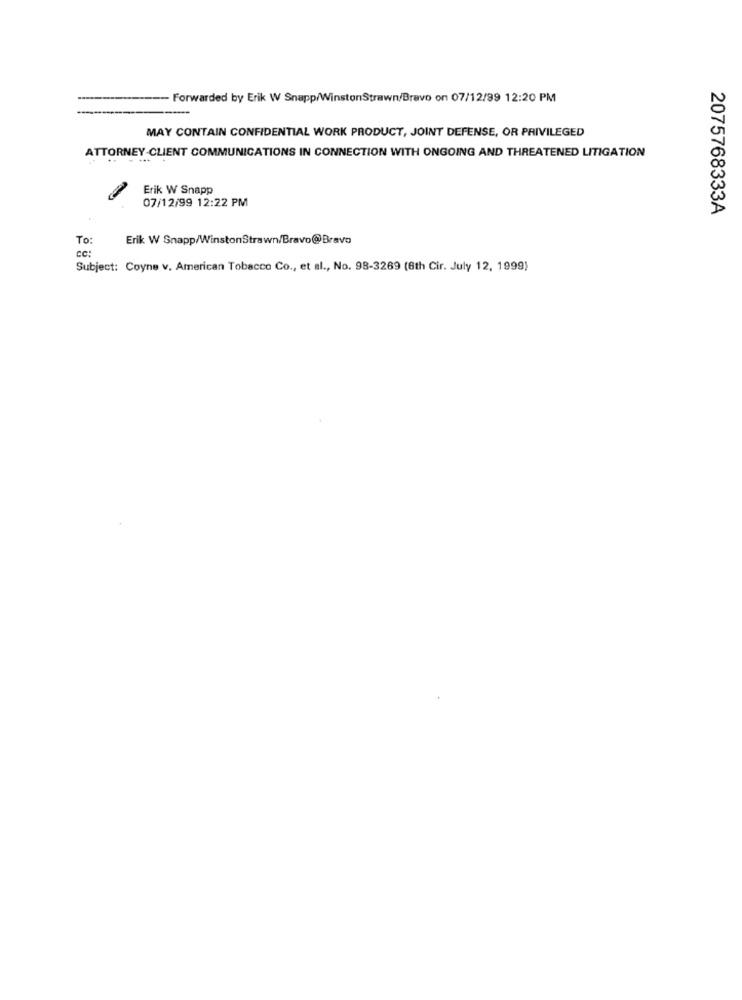
Forwarded by Erik W Snapp/WinstonStrawn/Bravo on 07/12/99 12:20 PM
MAY CONTAIN CONFIDENTIAL WORK PRODUCT, JOINT DEFENSE, OR PRIVILEGED
ATTORNEY-CLIENT COMMUNICATIONS IN CONNECTION WITH ONGOING AND THREATENED LITIGATION
Erik W Snapp
07/12/99 12:22 PM
2075768333A
To:
Erik W Snapp/WinstonStrawn/Bravo@Bravo
cc:
Subject: Coyne v. American Tobacco Co ., et al ., No. 98-3269 (6th Cir. July 12, 1999)